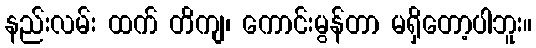
နည်းလမ်း ထက် တိကျ၊ ကောင်းမွန်တာ မရှိတော့ပါဘူး။